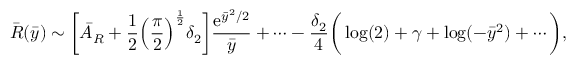
\bar { R } ( \bar { y } ) \sim \bigg [ \bar { A } _ { { R } } + \frac { 1 } { 2 } \Big ( \frac { \pi } { 2 } \Big ) ^ { \frac { 1 } { 2 } } \delta _ { 2 } \bigg ] \frac { \mathrm { e } ^ { \bar { y } ^ { 2 } / 2 } } { \bar { y } } + \cdots - \frac { \delta _ { 2 } } { 4 } \bigg ( \log ( 2 ) + \gamma + \log ( - \bar { y } ^ { 2 } ) + \cdots \bigg ) ,